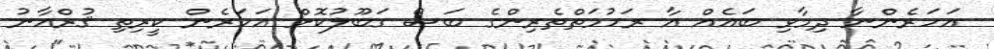
އަހަރެންނާ ދިމާވި ބައެއް އާ ރަހުމަތްތެރިންގެ ބަސް ގަބޫލުކޮށް އަހަރެން ކީރިތި ޤުރްއާނު